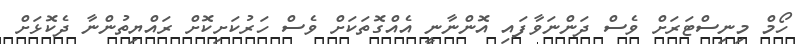
ހޯމް މިނިސްޓަރަށް ވެސް ދަންނަވާފައި އޮންނާނީ އެއްގޮތަކަށް ވެސް ހަރުކަށިކޮށް ރައްޔިތުންނާ ދެކޮޅަށް